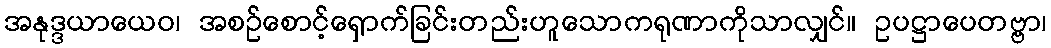
အနုဒ္ဒယာယေဝ၊ အစဉ်စောင့်ရှောက်ခြင်းတည်းဟူသောကရုဏာကိုသာလျှင်။ ဥပဋ္ဌာပေတဗ္ဗာ၊